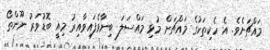
މައްޗަށެވެ. އެ ހެކިތަކުގެ މައްޗަށް މުޅި މައްސަލަ ބިނާވެފައިވާއިރު މިއީ ބޮޑުވަރު ނޫންތޯ